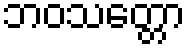
ဘဝသတ္တော